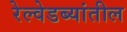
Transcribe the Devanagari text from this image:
रेल्वेडब्यांतील